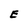
Character: E